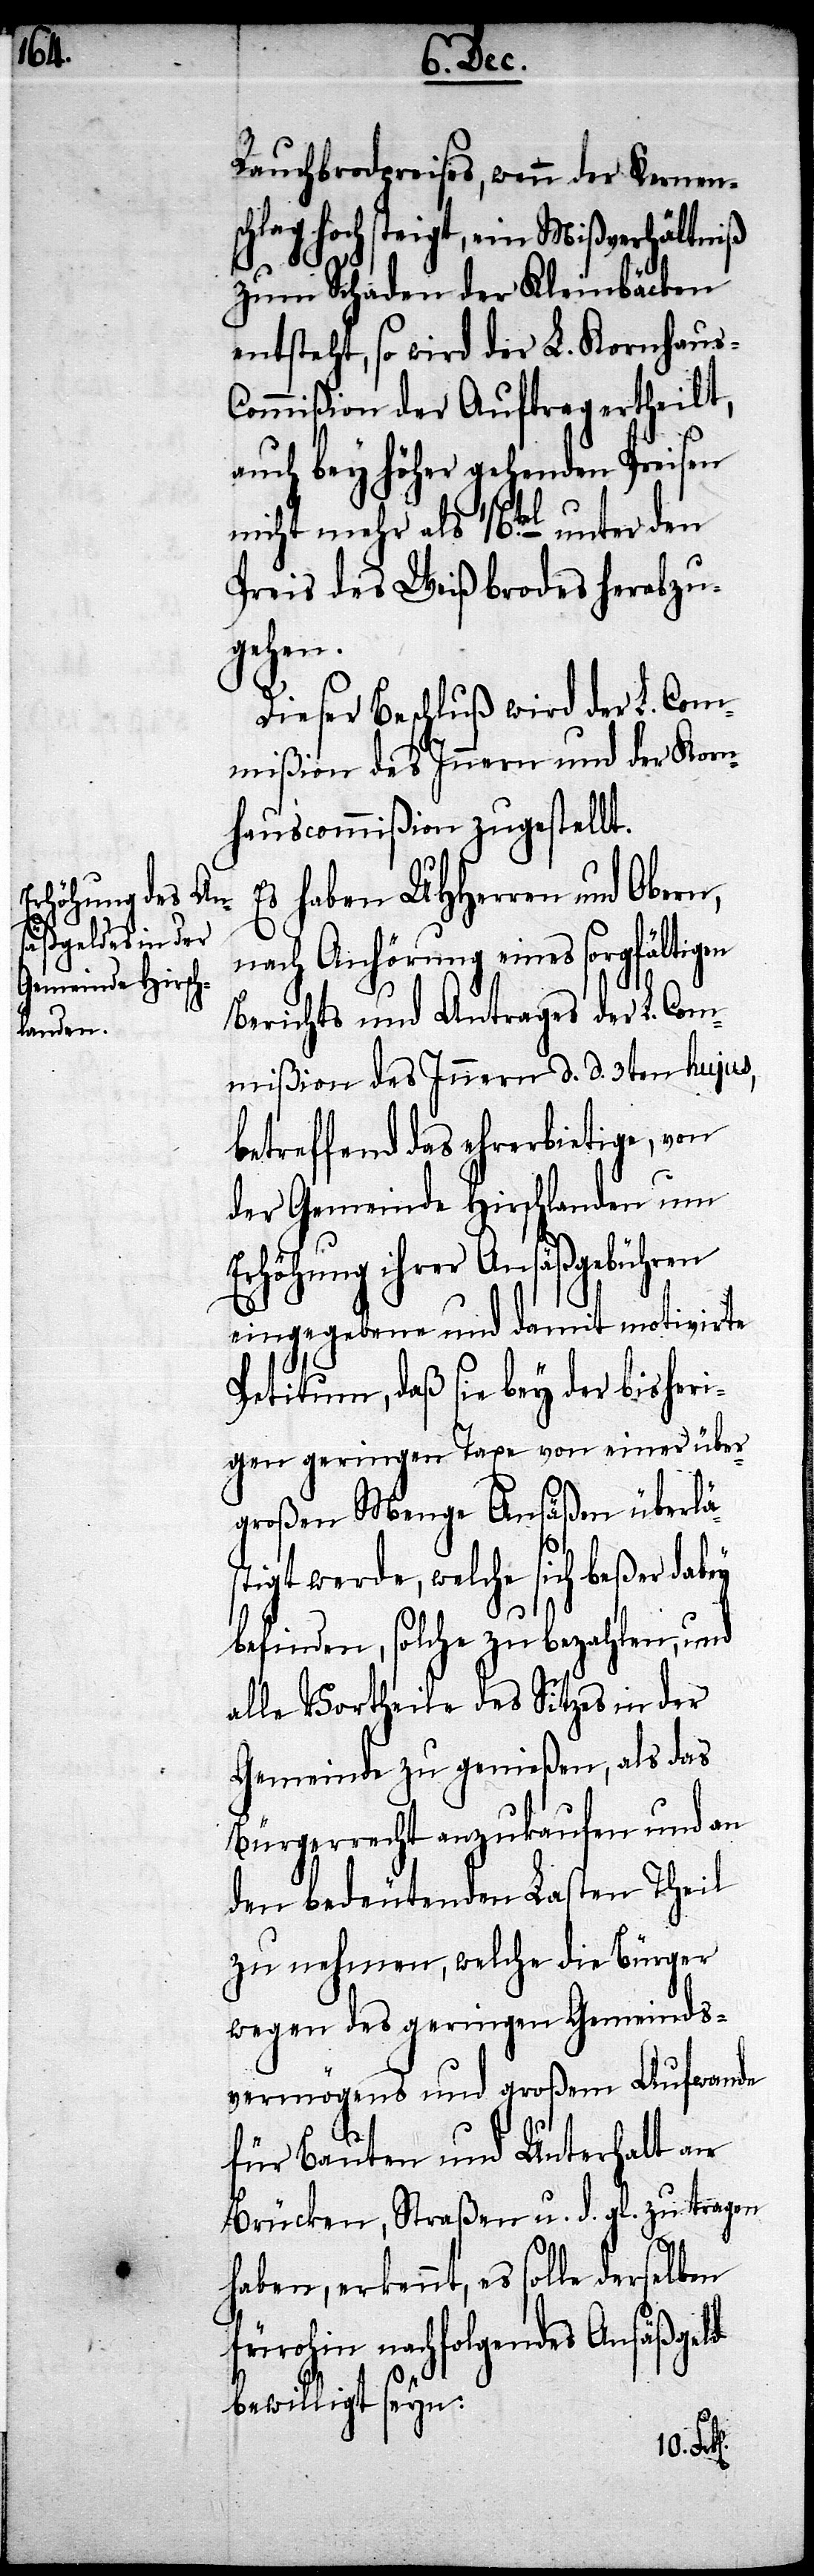
Rauchbrodpreises, wenn der Kernen¬
schlag hochsteigt, ein Mißverhältniß
zum Schaden der Kleinbäcken
entsteht, so wird der L. Kornhau¬
ommißion der Auftrag ertheilt,
auch bey höher gehenden Preisen
nicht mehr als 16.tel unter den
Preist des Weißbrodes herabzu¬
gehen.
Dieser Beschluß wird der L. Com¬
mißion des Innern und der Korn¬
hauscommißion zugestellt.
Es haben UHHerren und Obern,
nach Anhörung eines sorgfältigen
Berichts und Antrages des L. Com¬
mißion des Innern d. d. 3ten hujus,
betreffend das ehrerbietige, von
der Gemeinde Hirschlanden um
Erhöhung ihrer Ansäßgebühren
eingegebene und damit motivirte
Petitum, daß sie bey der bisheri¬
gen geringen Taxe von einer über
großen Menge Ansäßen überlä¬
stigt werde, welche sich beßer dabey
s-C¬
befinden, solche zu bezahlen, und
alle Vortheile des Sitzes in der
Gemeinde zu genießen, als das
Bürgerrecht anzukaufen und an
den bedeutenden Lasten Theil
zu nehmen, welche die Bürger
wegen des geringen Gemeinds¬
vermögens und großem Aufwande
für Bauten und Unterhalt an
Brücken, Straßen u. d. gl. zu tragen
haben, erkennt, es solle derselben
fürohin nachfolgendes Ansäßgeld
bewilligt seyn: